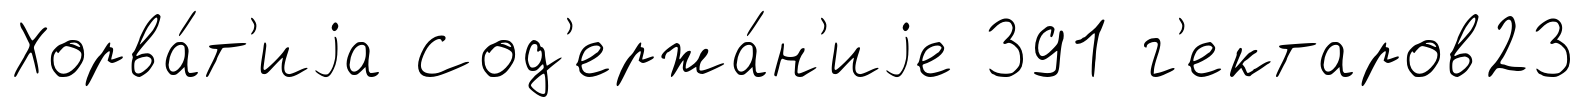
Хорва́т'иjа Сод'ержа́н'иjе 391 г'ектаров23